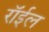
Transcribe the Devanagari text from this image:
रॉईल